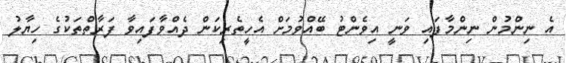
އެ ނިންމުން ނިންމާފައި ވަނީ އިވެންޓު ބޭއްވުމަށް އެހީތެރިކަން ދެއްވާފައިވާ ފަރާތްތަކުގެ ހިޔާލު